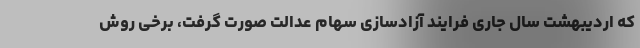
که اردیبهشت سال جاری فرایند آزادسازی سهام عدالت صورت گرفت، برخی روش